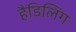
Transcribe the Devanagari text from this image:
हैडिलिंग